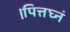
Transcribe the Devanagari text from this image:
।पित्तघ्नं